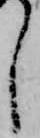
し